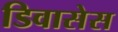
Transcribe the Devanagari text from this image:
डिवासेस